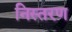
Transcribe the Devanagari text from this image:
निस्तरण